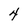
Character: 4